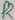
Text: R